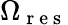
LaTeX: \Omega_{\mathrm{~r~e~s~}}